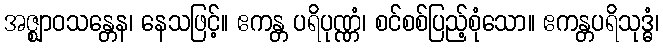
အဇ္ဈာဝသန္တေန၊ နေသဖြင့်။ ဧကန္တ ပရိပုဏ္ဏံ၊ စင်စစ်ပြည့်စုံသော။ ဧကန္တပရိသုဒ္ဓံ၊